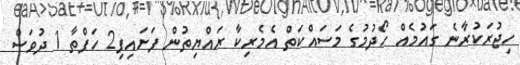
ހިޖުރަކުރާނެ ގައުމެއް ހޯދުމުގެ މަސައްކަތް އެމެރިކާ ރައްޔިތުން ފަށައިފި2 ހަފްތާ 1 ދުވަސް